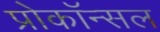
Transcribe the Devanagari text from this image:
प्रोकॉन्सल